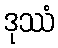
ဒုဿံ